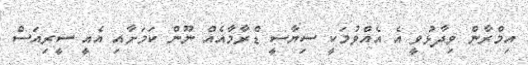
އިމްރާން ވިދާޅުވީ އެ އެއްވުމަކީ ސިޔާސީ ޑްރާމާއެއް ނޫން ކަމަށާއި އެއީ ސީރިއަސް